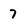
Character: 7